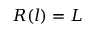
\boldsymbol { R } ( l ) = \boldsymbol { L }